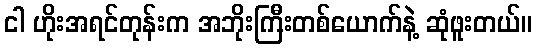
ငါ ဟိုးအရင်တုန်းက အဘိုးကြီးတစ်ယောက်နဲ့ ဆုံဖူးတယ်။